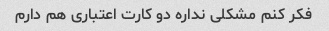
فکر کنم مشکلی نداره دو کارت اعتباری هم دارم